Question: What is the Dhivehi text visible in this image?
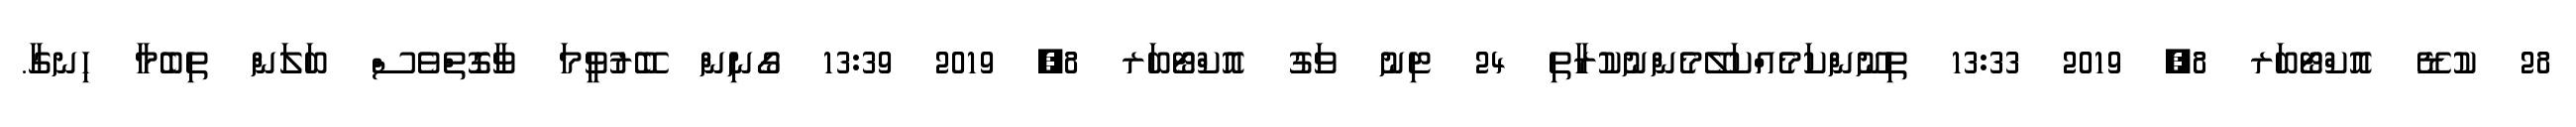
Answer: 28 ކުޑޭ އޮކްޓޯބަރ 8, 2019 13:33 ތިނޫންކަމެއްކަލޭމެންނުކުރާތި 24 ޓިނު ވަގު އޮކްޓޯބަރ 8, 2019 13:39 ގޯނިން ބޭރުވީމަ ވާގޮތްވެސް ބަލަން ތިބެމާ ހިނގާ.